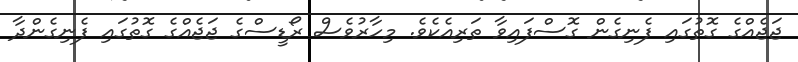
ޖަޖެއްގެ ގޮތުގައި ފެނިގެން ގޮސްފައިވާ ތަރިއެކެވެ. މިހާރުވެސް ރޯޑީސްގެ ޖަޖެއްގެ ގޮތުގައި ފެނިގެންދާ